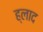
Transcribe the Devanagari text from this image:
ह्लाद